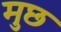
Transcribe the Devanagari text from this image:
मुछ